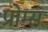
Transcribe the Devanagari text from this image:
प्रोम्स